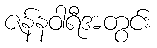
ဇန်နဝါရီအတွင်း